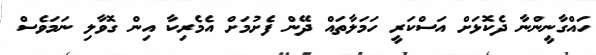
ހައްގާނީންނާ ދެކޮޅަށް އަސްކަރީ ހަމަލާތައް ދޭން ފެށުމަށް އެމެރިކާ އިން ގޮވާލި ނަމަވެސް